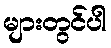
များတွင်ပါ